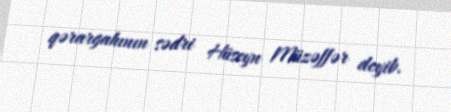
qərargahının sədri Hüseyn Müzəffər deyib.